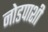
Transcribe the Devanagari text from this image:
नोडपाशी